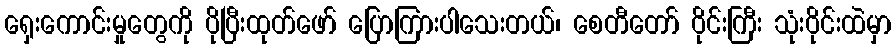
ရှေးကောင်းမှုတွေကို ပိုပြီးထုတ်ဖော် ပြောကြားပါသေးတယ်၊ စေတီတော် ဝိုင်းကြီး သုံးဝိုင်းထဲမှာ